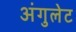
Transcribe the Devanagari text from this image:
अंगुलेट